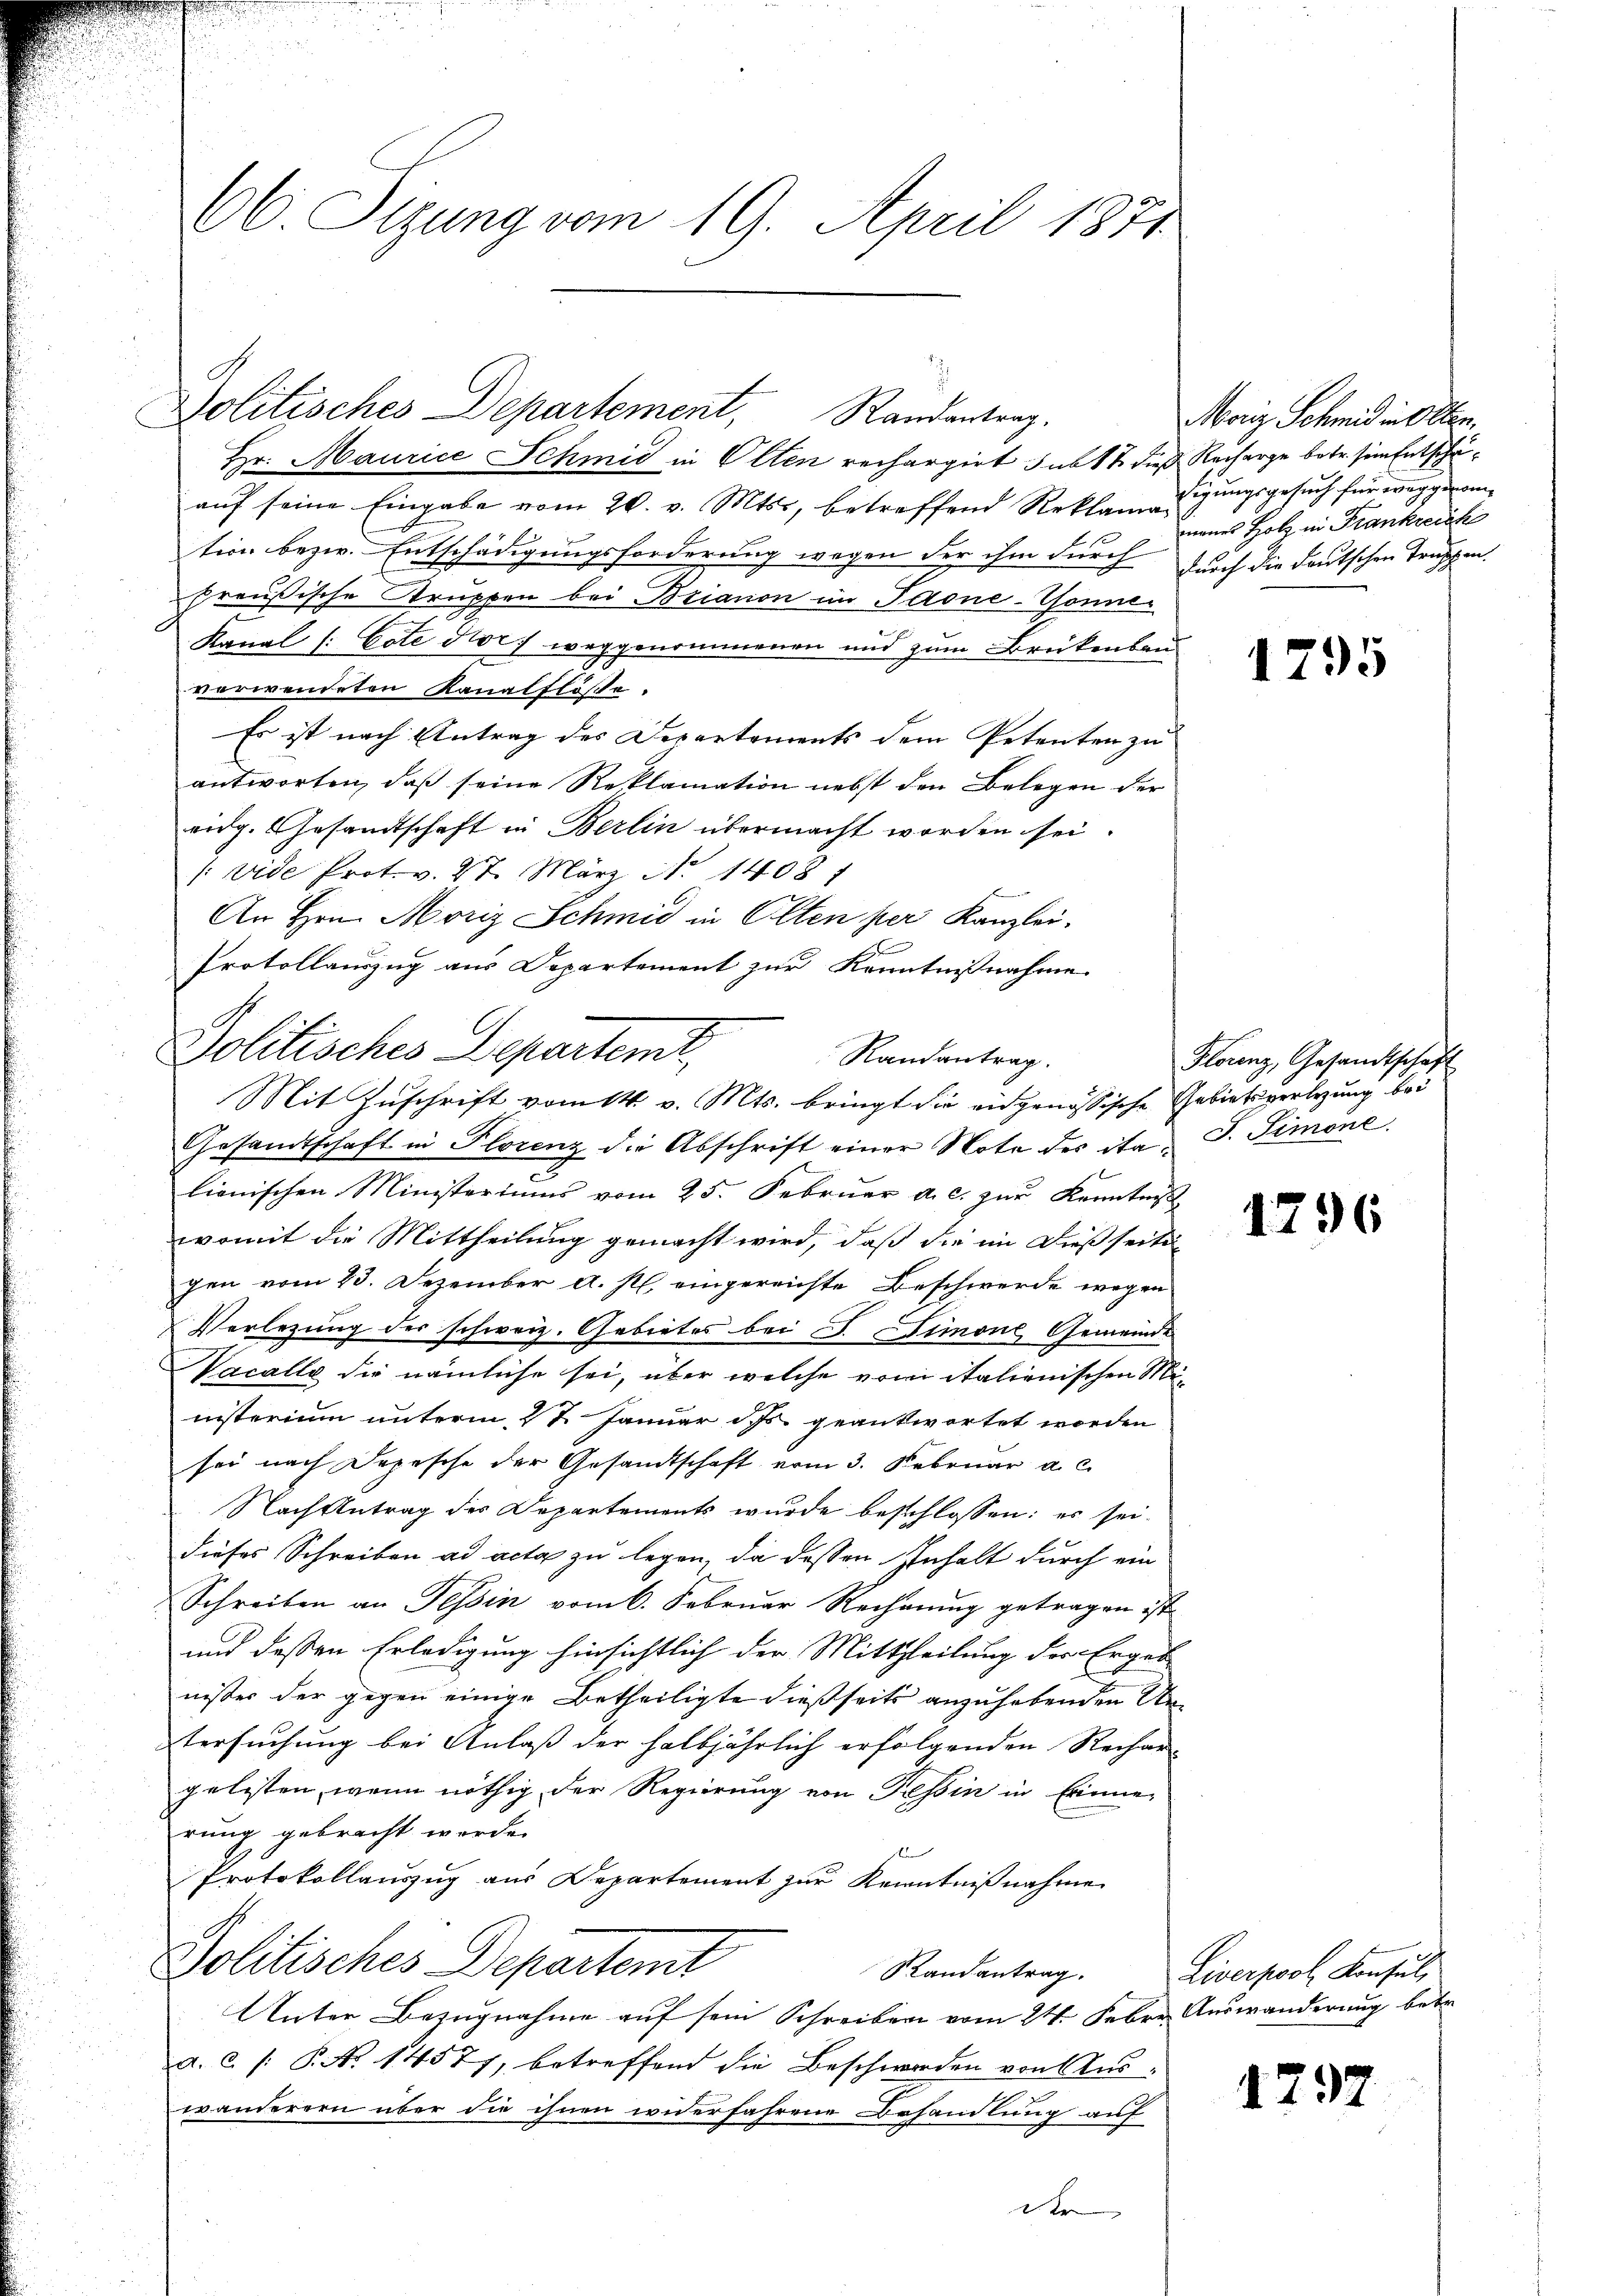
66. Sizung vom 19. April 1871

Politisches Departement, Randantrag.
Hr. Maurice Schmid in Olten rechargirt sub 14 dies Recharge betr. sein Entschä¬

aŭf seine Eingabe vom 20. v. Mts., betreffend Reklami zeigungsgesuch für weggenomtion bezw. Entschädigungsforderung wegen der ihm durch durch die deutschen Truppen.
Preußische Struppen bei Brianon im Jaone-Tonne
Kanal (: Cote dorf weggenommenen und zum Brükenbau
verwendeten Kanalflösse
Es ist nach Antrag des Departements dem Petenten zu
antworten, daß seine Reklamation nebst den Belegen der
eidg. Gesandtschaft in Berlin übermacht worden sei.
/: vide Prot. v. 27. März N. 1408 f
An Hrn. Moriz Schmid in Olten per Kanzlei.
Protollauszug aus Departement zur Kenntnißnahme
Gesandtschaft in Florenz die Abschrift einer Note des ita J. Simone
lienischen Ministeriums vom 25. Februar a. c. zur Kenntnis
womit die Mittheilung gemacht wird, daß die in dießseits-
gen vom 23. Dezember d. J. eingereichte Beschwerde wegen
Verlegung der schweiz. Gebietes bei F. Simone, Gemeinde
Vacalle die nämliche sei, über welche vom italienischen Ministerium unterm 27. Januar ds geantwortet worden
sei nach Depesche der Gesandtschaft vom 3. Februar a. c.
Nach Antrag des Departements wurde beschlossen: es seidieses Schreiben ad acta zu legen, da dessen Inhalt durch ein
Schreiben an Tessin vom 6. Februar Rechnung getragen ist.
und dessen Erledigung hinsichtlich der Mittheilung der Ergeb
nisses der gegen einige Betheiligte dießseits anzuhebenden Untersuchung bei Anlaß der halbjährlich erfolgenden Rechar-
gelesten, wenn nöthig der Regierung von Tessin in Erinne-
rung gebracht werde.
hen
Protokollauszug aus Departement zur Kenntnißnahme
Politisches Departemt
Randantrag.
Unter Bezugnahme auf sein Schreiben vom 24. Febr. Auswanderung betr.
a. c. /: P. Nr. 1457), betreffend die Beschwerden von Auswanderern über die ihnen widerfahrene Behandlung auf
der

Politisches Departemt,
Randantrag.
Mit Zuschrift vom 14. v. Mts. bringt die eidgenössische Gebiets verlegung bei

Moriz Schmid in Aller.
menes Holz in Frankreich

1795

Florenz, Gesandtschaft

1796

Liverpool Konsuls

1297